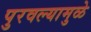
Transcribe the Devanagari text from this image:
पुरवल्यामुळे